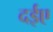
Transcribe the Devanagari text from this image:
दईए